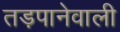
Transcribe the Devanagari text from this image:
तड़पानेवाली